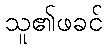
သူ၏ဖခင်